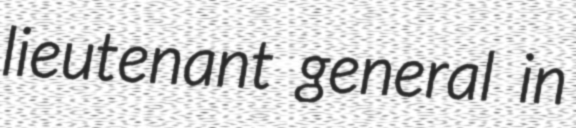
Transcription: lieutenant general in